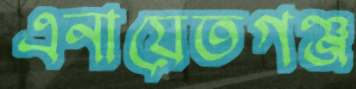
এনায়েতগঞ্জ